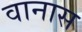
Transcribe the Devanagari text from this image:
वानास